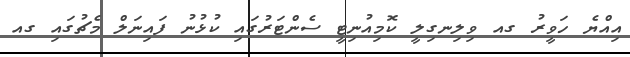
އިއްޔެ ހަވީރު ގއ ވިލިނގިލީ ކޮމިއުނިޓީ ސެންޓަރުގައި ކުޅުނު ފައިނަލް މެޗުގައި ގއ